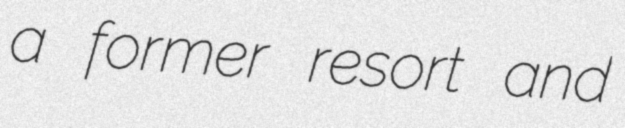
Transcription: a former resort and